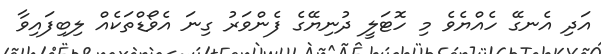
އަދި އެނގޭ ހެއްޔެވެ މި ހޮޓަލީ ދުނިޔޭގެ ފެންވަރު ގިނަ އެވޯޑްތަކެއް ލިބިފައިވާ